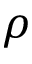
\rho